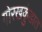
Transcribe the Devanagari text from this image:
गोरखकुंडात